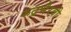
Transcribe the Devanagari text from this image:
रुद्रभैरवी